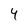
Character: 4